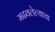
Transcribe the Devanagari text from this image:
मढवलेल्याचा